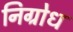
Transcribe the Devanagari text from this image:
निग्रोध